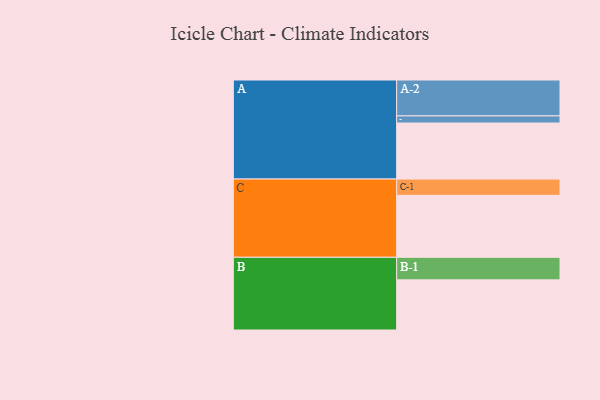
{"axis": {"x": "Segment", "y": "Value"}, "legend": ["", "A", "B", "C"], "data": [{"x": "A", "y": 417, "type": ""}, {"x": "B", "y": 373, "type": ""}, {"x": "C", "y": 461, "type": ""}, {"x": "A-1", "y": 53, "type": "A"}, {"x": "A-2", "y": 267, "type": "A"}, {"x": "B-1", "y": 168, "type": "B"}, {"x": "C-1", "y": 121, "type": "C"}]}